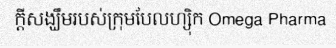
ក្តីសង្ឃឹមរបស់ក្រុមបែលហ្ស៊ិក Omega Pharma